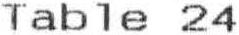
TABLE 24